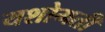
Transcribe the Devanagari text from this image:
यशोमती